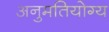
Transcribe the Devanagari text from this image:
अनुमतियोग्य